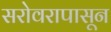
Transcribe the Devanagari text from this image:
सरोवरापासून